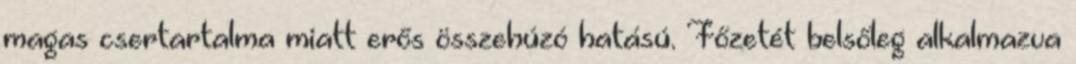
magas csertartalma miatt erős összehúzó hatású. Főzetét belsőleg alkalmazva